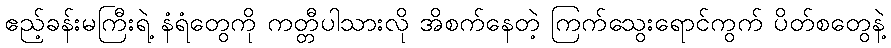
ဧည့်ခန်းမကြီးရဲ့ နံရံတွေကို ကတ္တီပါသားလို အိစက်နေတဲ့ ကြက်သွေးရောင်ကွက် ပိတ်စတွေနဲ့